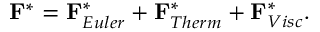
\begin{array} { r } { \mathbf { F } _ { } ^ { * } = \mathbf { F } _ { E u l e r } ^ { * } + \mathbf { F } _ { T h e r m } ^ { * } + \mathbf { F } _ { V i s c } ^ { * } . } \end{array}